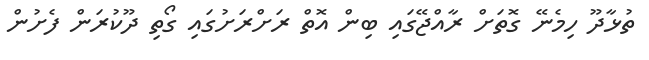
ތުޅާދޫ ހިމެނޭ ގޮތަށް ރާއްޖޭގައި ބިން އޮތް ރަށްރަށުގައި ގޯތި ދޫކުރަން ފެށުން